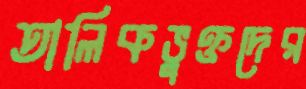
তালিকভুক্তদের